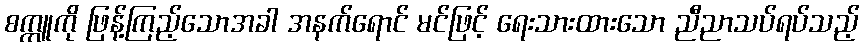
စက္ကူကို ဖြန့်ကြည့်သောအခါ အနက်ရောင် မင်ဖြင့် ရေးသားထားသော ညီညာသပ်ရပ်သည့်